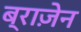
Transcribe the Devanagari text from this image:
ब्राज़ेन